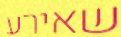
שאירע